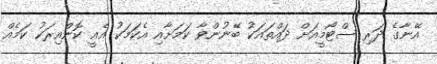
އޭނާގެ ދަރި ސްޓޯމީއަށް ދައްތައަކު ބޭނުންވާ ކަމަށާއި އެކަމަކު އެއީ ކޮންއިރަކު ކަމެއް